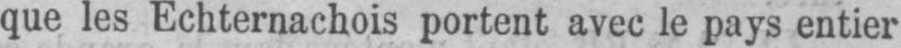
que les Echternachois portent avec le pays entier